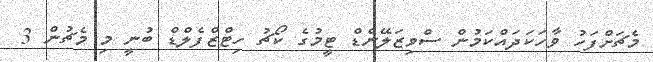
މެޗަށްފަހު ވާހަކަދައްކަމުން ސްވިޒަލޭންޑް ޓީމުގެ ކޯޗު ހިޓްޒްފެލްޑް ބުނީ މި މެޗުން 3